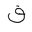
Letter: _qaf